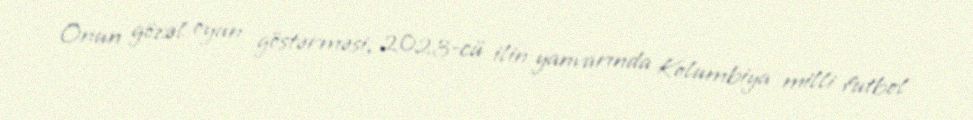
Onun gözəl oyun göstərməsi, 2023-cü ilin yanvarında Kolumbiya milli futbol